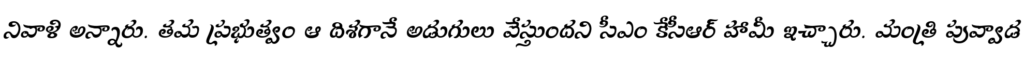
నివాళి అన్నారు. తమ ప్రభుత్వం ఆ దిశగానే అడుగులు వేస్తుందని సీఎం కేసీఆర్ హామీ ఇచ్చారు. మంత్రి పువ్వాడ